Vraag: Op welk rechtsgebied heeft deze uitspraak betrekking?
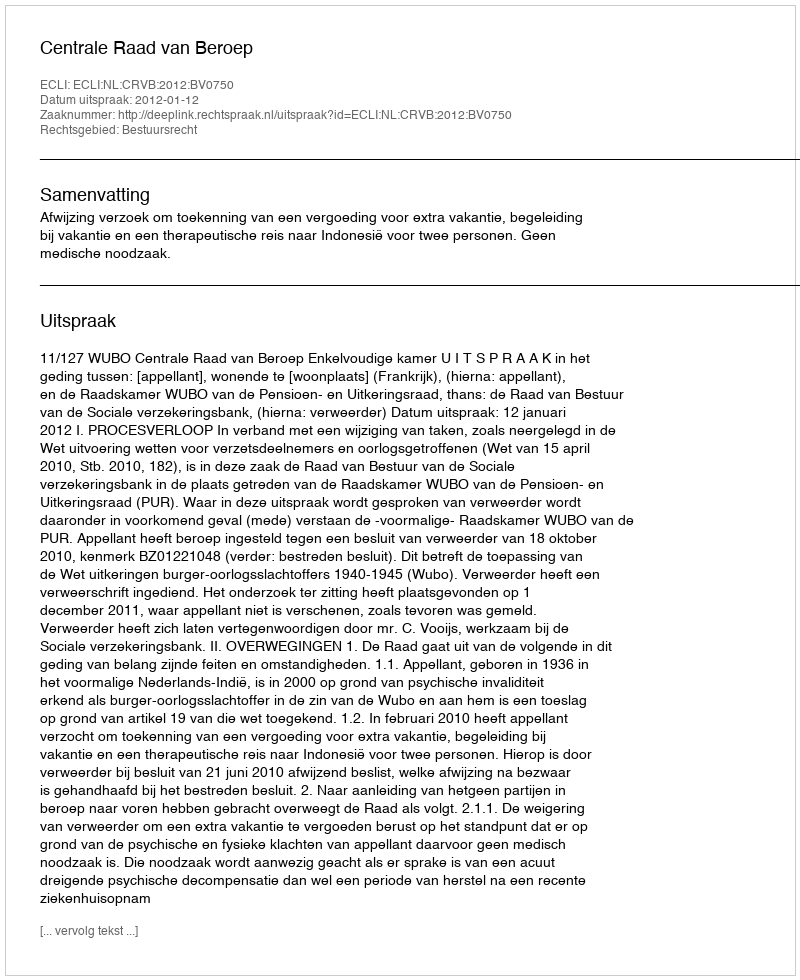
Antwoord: Bestuursrecht